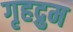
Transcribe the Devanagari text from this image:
गृहद्रुम